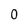
Character: 0